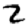
Digit: 2